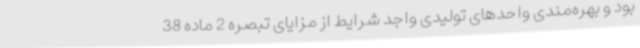
بود و بهره‌مندی واحدهای تولیدی واجد شرایط از مزایای تبصره 2 ماده 38